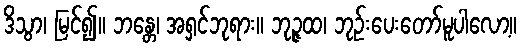
ဒိသွာ၊ မြင်၍။ ဘန္တေ၊ အရှင်ဘုရား။ ဘုဉ္ဇထ၊ ဘုဉ်းပေးတော်မူပါလော့။